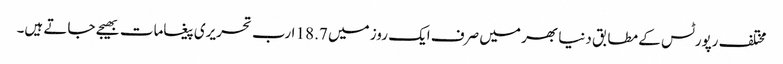
مختلف رپورٹس کے مطابق دنیا بھر میں صرف ایک روز میں 18.7 ارب تحریری پیغامات بھیجے جاتے ہیں۔